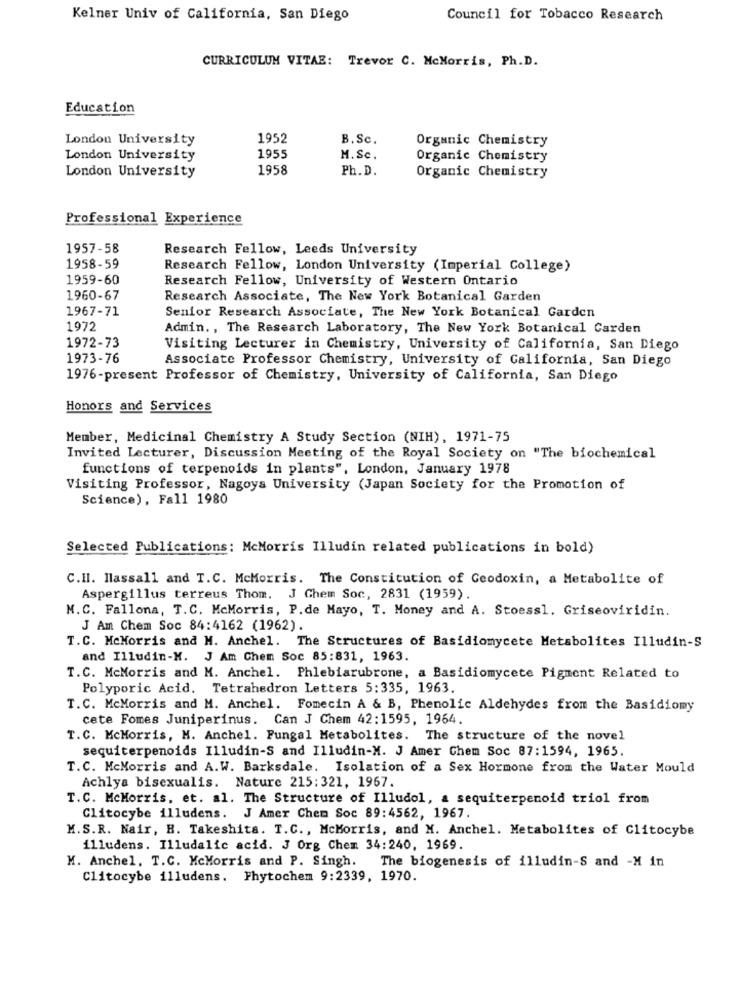
Kelner Univ of California, San Diego
Council for Tobacco Research
CURRICULUM VITAE: Trevor C. McMorris, Ph.D.
Education
London University
1952
B. Sc.
Organic Chemistry
London University
1955
M.Sc.
Organic Chemistry
1958
Ph. D.
London University
Organic Chemistry
Professional Experience
1957-58
Research Fellow, Leeds University
1958-59
Research Fellow, London University (Imperial College)
1959-60
Research Fellow, University of Western Ontario
1960-67
Research Associate, The New York Botanical Garden
1967-71
Senior Research Associate, The New York Botanical Garden
1972
Admin. , The Research Laboratory, The New York Botanical Garden
1972-73
Visiting Lecturer in Chemistry, University of California, San Diego
1973-76
Associate Professor Chemistry, University of California, San Diego
1976-present Professor of Chemistry, University of California, San Diego
Honors and Services
Member, Medicinal Chemistry A Study Section (NIH), 1971-75
Invited Lecturer, Discussion Meeting of the Royal Society on "The biochemical
functions of terpenoids in plants", London, January 1978
Visiting Professor, Nagoya University (Japan Society for the Promotion of
Science), Fall 1980
Selected Publications: McMorris Illudin related publications in bold)
C.II. Massall and T.C. McMorris. The Constitution of Geodoxin, a Metabolite of
Aspergillus terreus Thom. J Chem Soc, 2831 (1959).
M.C. Fallona, T.C. McMorris, P.de Mayo, T. Money and A. Stoessl. Griseoviridin.
J Am Chem Soc 84:4162 (1962).
T.C. McMorris and M. Anchel. The Structures of Basidiomycete Metabolites Illudin-S
and Illudin-M. J Am Chem Soc 85:831, 1963.
T.C. McMorris and M. Anchel. Phlebiarubrone, a Basidiomycete Pigment Related to
Polyporic Acid. Tetrahedron Letters 5:335, 1963.
T.C. McMorris and M. Anchel. Fomecin A & B, Phenolic Aldehydes from the Basidiomy
cete Fomes Juniperinus. Can J Chem 42:1595, 1964.
T. C. McMorris, H. Anchel. Fungal Metabolites. The structure of the novel
sequiterpenoids Illudin-S and Illudin-M. J Amer Chem Soc 87:1594, 1965.
T.C. McMorris and A.W. Barksdale. Isolation of a Sex Hormone from the Water Mould
Achlya bisexualis. Nature 215:321, 1967.
T.C. McMorris, et. al. The Structure of Illudol, a sequiterpenoid triol from
Clitocybe illudens. J Amer Chem Soc 89:4562, 1967.
M.S.R. Nair, H. Takeshita. T.C ., McMorris, and M. Anchel. Metabolites of Clitocybe
illudens. Illudalic acid. J Org Chem 34:240, 1969.
M. Anchel. T.C. McMorris and P. Singh. The biogenesis of illudin-S and -M in
Clitocybe illudens. Phytochem 9:2339, 1970.